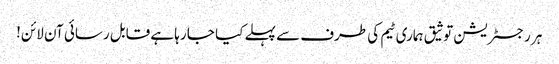
ہر رجسٹریشن توثیق ہماری ٹیم کی طرف سے پہلے کیا جا رہا ہے قابل رسائی آن لائن!